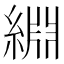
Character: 𫃺